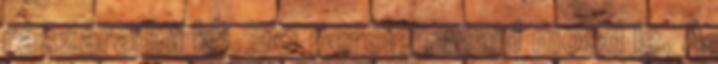
rászáradni kb. 20 percig , majd mosd le. A